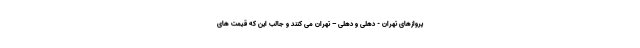
پروازهای تهران - دهلی و دهلی – تهران می کنند و جالب این که قیمت های